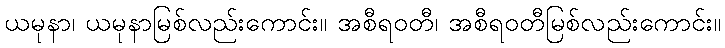
ယမုနာ၊ ယမုနာမြစ်လည်းကောင်း။ အစီရဝတီ၊ အစီရဝတီမြစ်လည်းကောင်း။